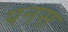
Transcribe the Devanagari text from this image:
पनस